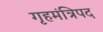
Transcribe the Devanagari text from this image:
गृहमंत्रिपद